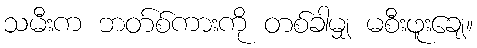
သမီးက ဘတ်စ်ကားကို တစ်ခါမျှ မစီးဖူးချေ။